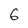
Character: 6